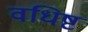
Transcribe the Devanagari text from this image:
वधिष्ट